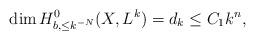
LaTeX: \begin{align*}{\rm dim\,}H^0_{b,\leq k^{-N}}(X,L^k)=d_k\leq C_1k^n,\end{align*}